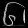
Digit: ၆